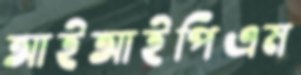
আইআইপিএম